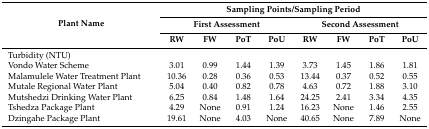
| <ROWSPAN=3> Plant Name | <COLSPAN=8> Sampling Points/Sampling Period |
 | <COLSPAN=4> First Assessment | <COLSPAN=4> Second Assessment |
 | RW | FW | PoT | PoU | RW | FW | PoT | PoU |
 | --- | --- | --- | --- | --- | --- | --- | --- | --- |
 | <COLSPAN=9> Turbidity (NTU) |
 | Vondo Water Scheme | 3.01 | 0.99 | 1.44 | 1.39 | 3.73 | 1.45 | 1.86 | 1.81 |
 | Malamulele Water Treatment Plant | 10.36 | 0.28 | 0.36 | 0.53 | 13.44 | 0.37 | 0.52 | 0.55 |
 | Mutale Regional Water Plant | 5.04 | 0.40 | 0.82 | 0.78 | 4.63 | 0.72 | 1.88 | 3.10 |
 | Mutshedzi Drinking Water Plant | 6.25 | 0.84 | 1.48 | 1.64 | 24.25 | 2.41 | 3.34 | 4.35 |
 | Tshedza Package Plant | 4.29 | None | 0.91 | 1.24 | 16.23 | None | 1.46 | 2.55 |
 | Dzingahe Package Plant | 19.61 | None | 4.03 | None | 40.65 | None | 7.89 | None |